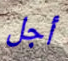
أجل